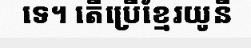
ទេ។ តើប្រើខ្មែរយូនី